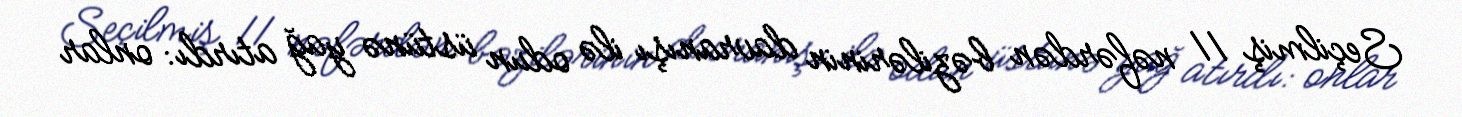
Seçilmiş 11 nəfərdən bəzilərinin davranışı ilə odun üstünə yağ atırdı: onlar